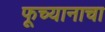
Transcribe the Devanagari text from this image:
फूच्यानाचा